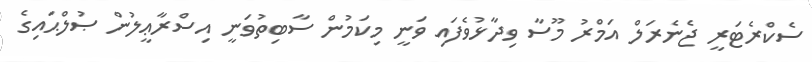
ސެކްރެޓަރީ ޖެނެރަލް އަމްރު މޫސާ ވިދާޅުވެފައި ވަނީ މިކަމުން ސާބިތުވަނީ އިސްރާޢީލުން ޞުލްޙައިގެ